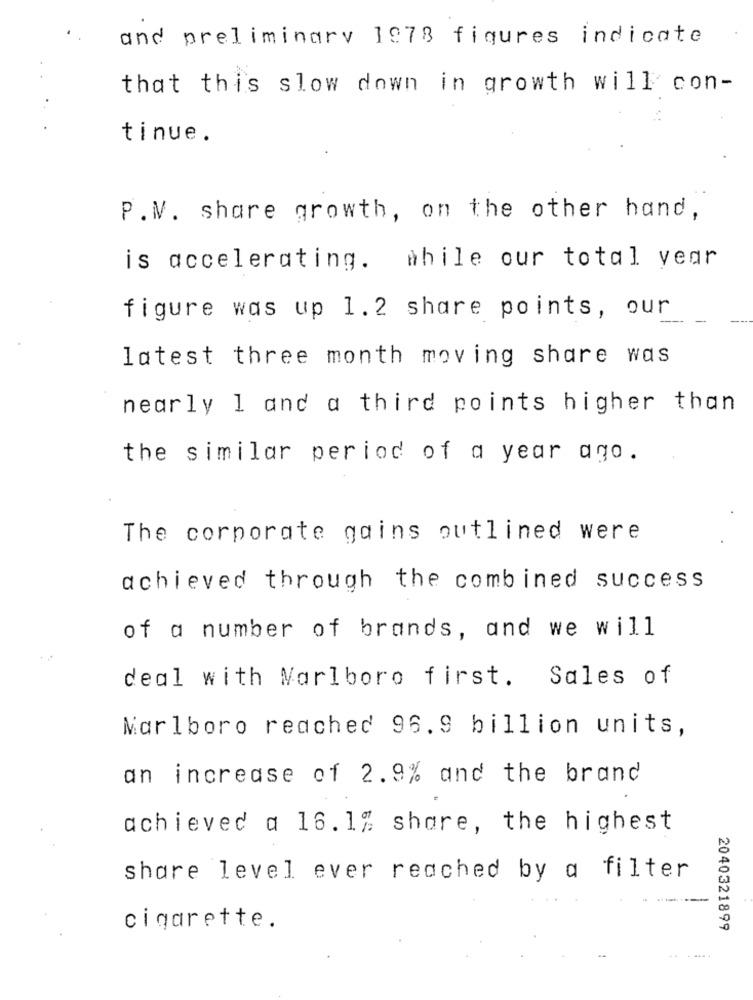
and preliminary 1978 figures indicate
that this slow down in growth will con-
tinue.
P.V. share growth, on the other hand,
is accelerating. while our total year
figure was up 1.2 share points, our
latest three month moving share was
nearly 1 and a third points higher than
the similar period of a year ago.
The corporate gains outlined were
achieved through the combined success
of a number of brands, and we will
deal with Marlboro first.
Sales of
Marlboro reached 96.9 billion units,
an increase of 2.9% and the brand
achieved a 16.1% share, the highest
share level ever reached by a filter
cigarette.
2040321899